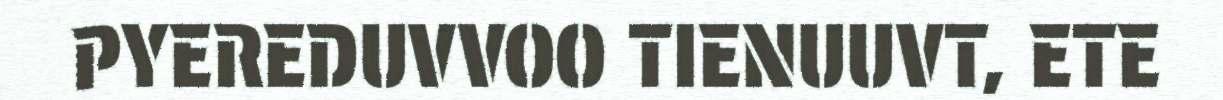
PYEREDUVVOO TIENUUVT, ETE